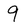
Character: 9